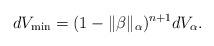
LaTeX: \begin{align*} dV_{\min}=(1-\|\beta\|_{\alpha})^{n+1}dV_{\alpha}. \end{align*}